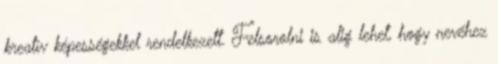
kreatív képességekkel rendelkezett. Felsorolni is alig lehet, hogy nevéhez